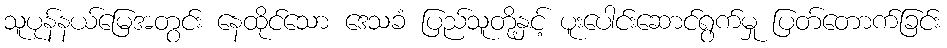
သူပုန်နယ်မြေအတွင်း နေထိုင်သော ဒေသခံ ပြည်သူတို့နှင့် ပူးပေါင်းဆောင်ရွက်မှု ပြတ်တောက်ခြင်း